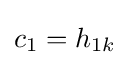
c_{1}=h_{1k}